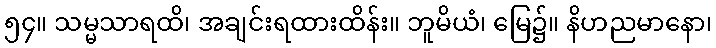
၅၄။ သမ္မသာရထိ၊ အချင်းရထားထိန်း။ ဘူမိယံ၊ မြေ၌။ နိဟညမာနော၊